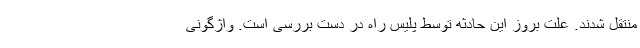
منتقل شدند. علت بروز این حادثه توسط پلیس راه در دست بررسی است. واژگونی